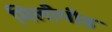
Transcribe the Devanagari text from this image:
मिलीपीड